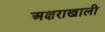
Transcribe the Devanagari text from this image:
अक्षराखाली